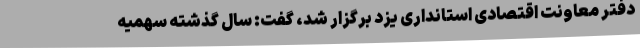
دفتر معاونت اقتصادی استانداری یزد برگزار شد، گفت: سال گذشته سهمیه